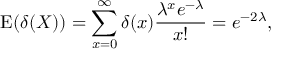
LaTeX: \operatorname { E } ( \delta ( X ) ) = \sum _ { x = 0 } ^ { \infty } \delta ( x ) { \frac { \lambda ^ { x } e ^ { - \lambda } } { x ! } } = e ^ { - 2 \lambda } ,